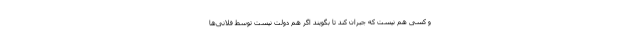
و کسی هم نیست که جبران کند تا بگویند اگر هم دولت نیست توسط فلانی‌ها